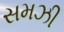
સમઝી